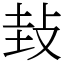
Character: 㪈